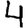
Digit: 4